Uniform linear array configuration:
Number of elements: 16
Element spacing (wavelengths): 1
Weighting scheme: binomial
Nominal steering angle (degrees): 15
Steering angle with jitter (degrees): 13.064
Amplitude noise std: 0.05
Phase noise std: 0.05

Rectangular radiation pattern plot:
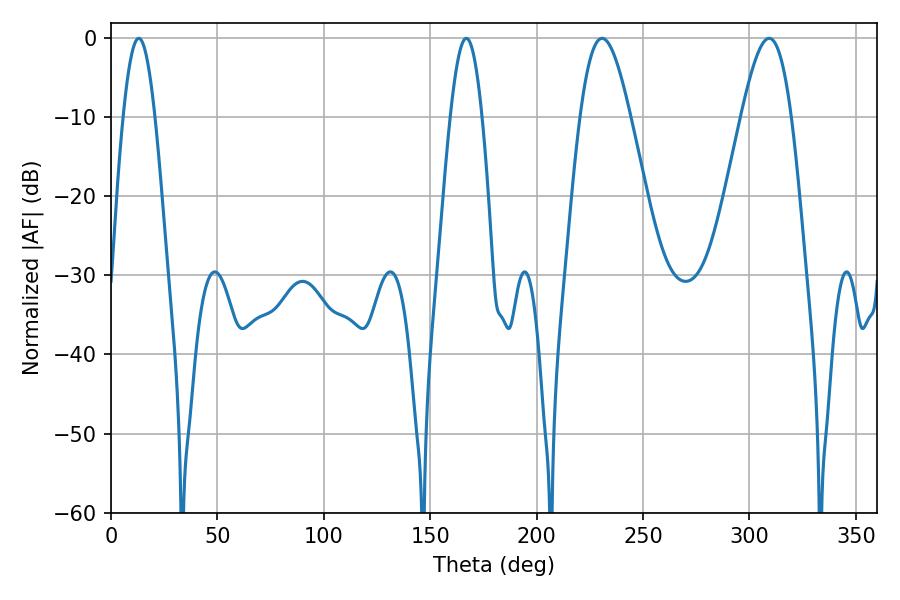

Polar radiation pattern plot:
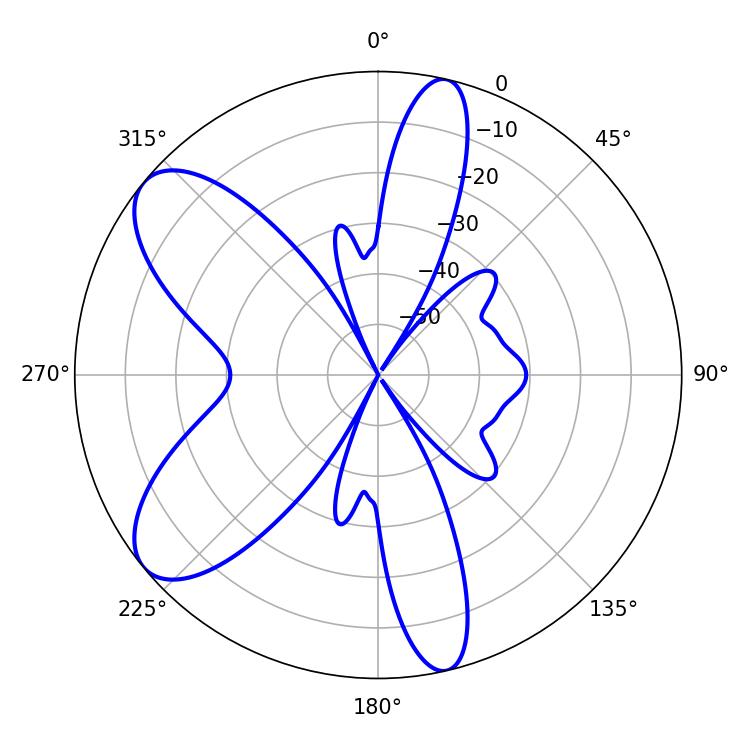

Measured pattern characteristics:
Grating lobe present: TRUE
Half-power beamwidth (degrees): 12.6
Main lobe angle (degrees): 230.76